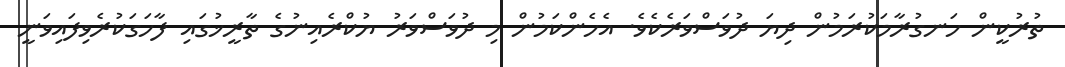
ތުރުކީން ހަނގުރާމަކުރަމުން ދިޔަ ދުވަސްވަރެކެވެ. އެހެންކަމުން މި ދުވަސްވަރު ޔުކްރެއިނުގެ ތާރީޚުގައި ފާހަގަކުރެވިފައިވަނީ